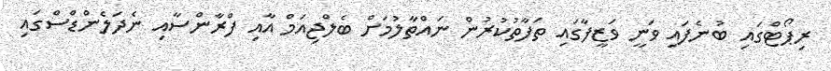
ރިޕޯޓްގައި ބުނެފައި ވަނީ ވަޒީފާގައި ތަފާތުކުރުން ނައްތާލުމަށް ބެލްޖިއަމް އާއި ފްރާންސާއި ނެދަލެންޑްސްގައި